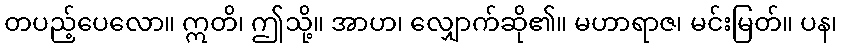
တပည့်ပေလော။ ဣတိ၊ ဤသို့။ အာဟ၊ လျှောက်ဆို၏။ မဟာရာဇ၊ မင်းမြတ်။ ပန၊